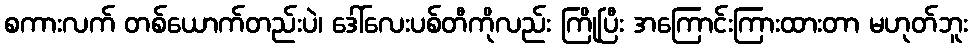
စကားလက် တစ်ယောက်တည်းပဲ၊ ဒေါ်လေးပစ်တီကိုလည်း ကြိုပြီး အကြောင်းကြားထားတာ မဟုတ်ဘူး